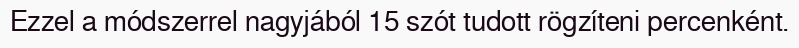
Ezzel a módszerrel nagyjából 15 szót tudott rögzíteni percenként.